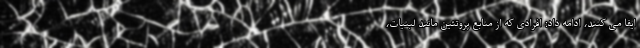
ایفا می کنند، ادامه داد: افرادی که از منابع پروتئین مانند لبنیات،